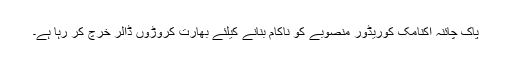
پاک چائنہ اکنامک کوریڈور منصوبے کو ناکام بنانے کیلئے بھارت کروڑوں ڈالر خرچ کر رہا ہے۔